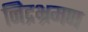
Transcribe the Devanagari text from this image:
निद्रभ्रमण